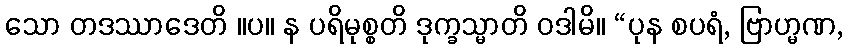
သော တဒဿာဒေတိ ။ပ။ န ပရိမုစ္စတိ ဒုက္ခသ္မာတိ ဝဒါမိ။ “ပုန စပရံ, ဗြာဟ္မဏ,